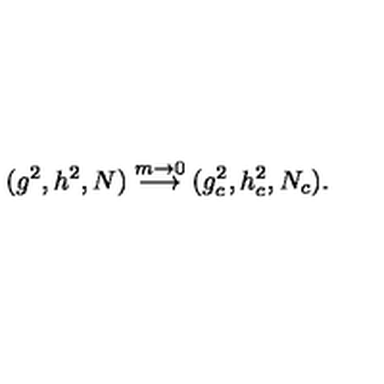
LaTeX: ( g ^ { 2 } , h ^ { 2 } , N ) \stackrel { m \rightarrow 0 } { \longrightarrow } ( g _ { c } ^ { 2 } , h _ { c } ^ { 2 } , N _ { c } ) .